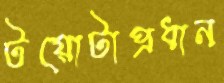
টয়োটাপ্রধান